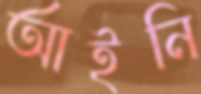
আইনি